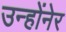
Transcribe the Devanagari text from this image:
उन्होंनेर